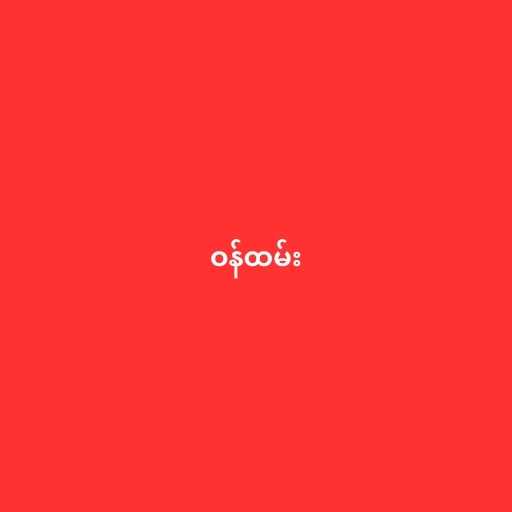
ဝန်ထမ်း